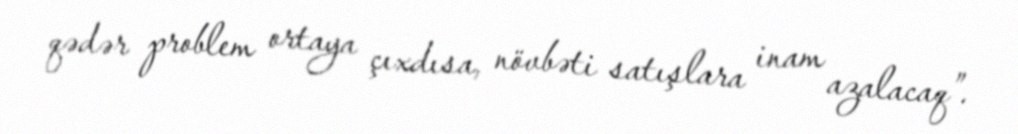
qədər problem ortaya çıxdısa, növbəti satışlara inam azalacaq”.